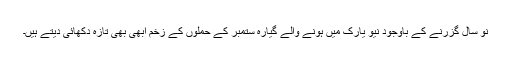
نو سال گزرنے کے باوجود نیو یارک میں ہونے والے گیارہ ستمبر کے حملوٕں کے زخم ابھی بھی تازہ دکھائی دیتے ہیں۔